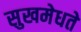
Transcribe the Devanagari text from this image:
सुखमेधते